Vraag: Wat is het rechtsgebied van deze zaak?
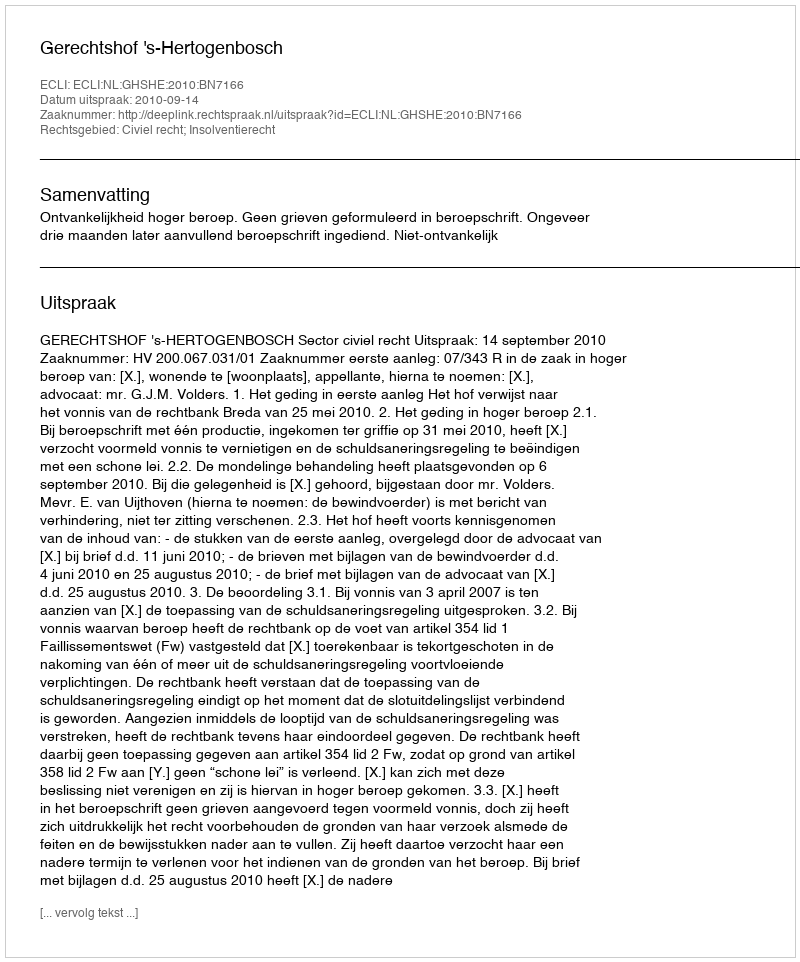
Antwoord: Civiel recht; Insolventierecht